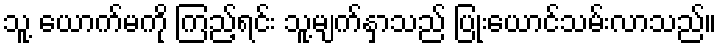
သူ့ ယောက်မကို ကြည့်ရင်း သူ့မျက်နှာသည် ပြုံးယောင်သမ်းလာသည်။